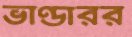
ভাণ্ডারর